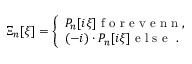
\Xi _ { n } [ \xi ] = \left\{ \begin{array} { l l } { P _ { n } [ i \xi ] \mathrm { ~ f ~ o ~ r ~ e ~ v ~ e ~ n ~ n ~ } , } \\ { ( - i ) \cdot P _ { n } [ i \xi ] \mathrm { ~ e ~ l ~ s ~ e ~ } \ . \ } \end{array} \right.